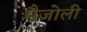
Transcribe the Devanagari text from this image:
मैजोली